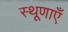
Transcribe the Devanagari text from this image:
स्थूणाएँ